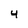
Character: 4